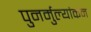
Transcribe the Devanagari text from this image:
पुनर्मुल्यांकन